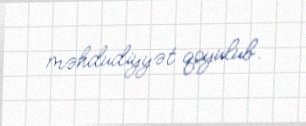
məhdudiyyət qoyulub.